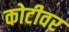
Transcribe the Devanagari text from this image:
कोटीवर